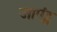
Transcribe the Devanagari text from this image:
जाएंट्स